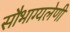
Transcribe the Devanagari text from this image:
सौभाग्यलेणी